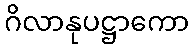
ဂိလာနုပဋ္ဌာကော